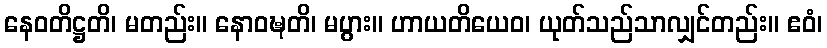
နေဝတိဋ္ဌတိ၊ မတည်း။ နောဝဍ္ဎတိ၊ မပွား။ ဟာယတိယေဝ၊ ယုတ်သည်သာလျှင်တည်း။ ဧဝံ၊